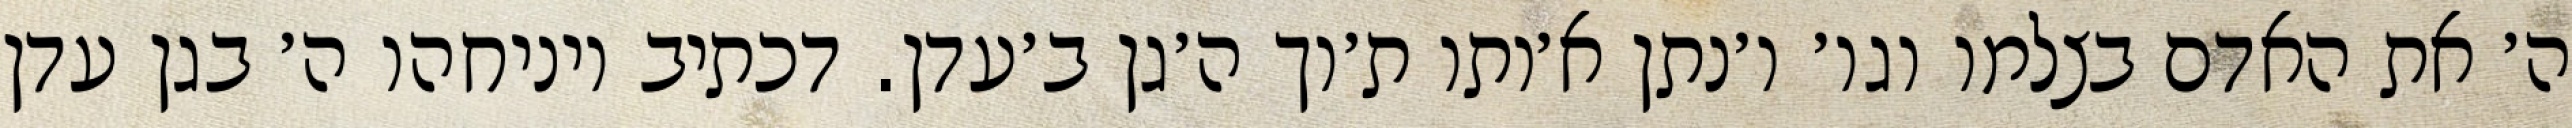
ה׳ את האדם בצלמו וגו׳ ו׳נתן א׳ותו ת׳וך ה׳גן ב׳עדן. דכתיב ויניחהו ה׳ בגן עדן